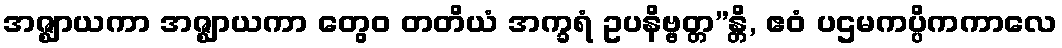
အဇ္ဈာယကာ အဇ္ဈာယကာ တွေဝ တတိယံ အက္ခရံ ဥပနိဗ္ဗတ္တ”န္တိ, ဧဝံ ပဌမကပ္ပိကကာလေ